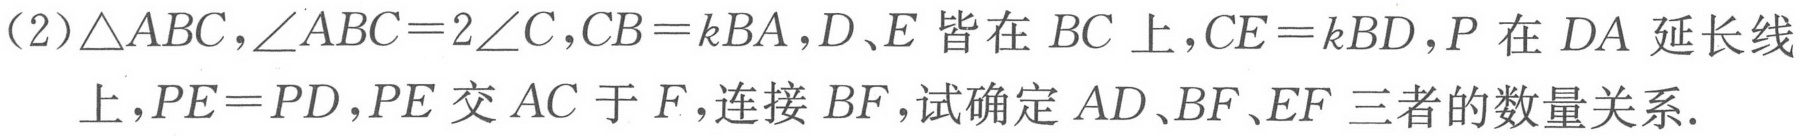
(2)\(\triangle ABC\)，\(\angle ABC = 2\angle C\)，\(CB = kBA\)，\(D、E\)皆在\(BC\)上，\(CE = kBD\)，\(P\)在\(DA\)延长线上，\(PE = PD\)，\(PE\)交\(AC\)于\(F\)，连接\(BF\)，试确定\(AD、BF、EF\)三者的数量关系.